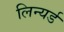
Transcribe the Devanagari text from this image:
लिन्यर्ड